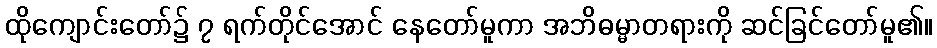
ထိုကျောင်းတော်၌ ၇ ရက်တိုင်အောင် နေတော်မူကာ အဘိဓမ္မာတရားကို ဆင်ခြင်တော်မူ၏။